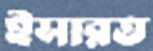
ইসারত